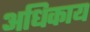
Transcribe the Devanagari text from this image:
अधिकाय